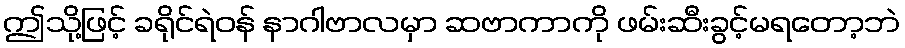
ဤသို့ဖြင့် ခရိုင်ရဲဝန် နာဂါဗာလမှာ ဆဗာကာကို ဖမ်းဆီးခွင့်မရတော့ဘဲ